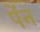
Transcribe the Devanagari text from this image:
पेंन